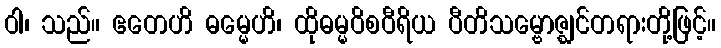
ဝါ၊ သည်။ ဧတေဟိ ဓမ္မေဟိ၊ ထိုဓမ္မဝိစဝီရိယ ပီတိသမ္ဗောဇ္ဈင်တရားတို့ဖြင့်။